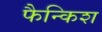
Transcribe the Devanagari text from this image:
फैन्किश